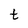
Character: t